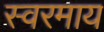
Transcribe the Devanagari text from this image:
स्वरमाय